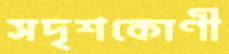
সদৃশকোণী